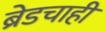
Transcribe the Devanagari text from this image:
ब्रेडचाही